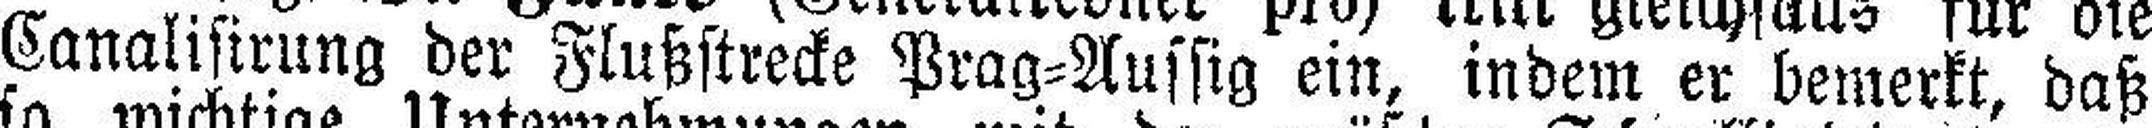
Canalisirung der Flußstrecke Prag=Aussig ein, indem er bemerkt, daß